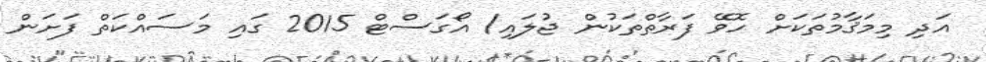
އަދި މިމަޤާމުތަކަށް ހޮވޭ ފަރާތްތަކުން ޖުލައި/ އޯގަސްޓް 2015 ގައި މަސައްކަތް ފަށަން